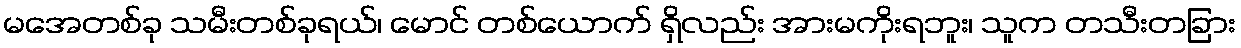
မအေတစ်ခု သမီးတစ်ခုရယ်၊ မောင် တစ်ယောက် ရှိလည်း အားမကိုးရဘူး၊ သူက တသီးတခြား